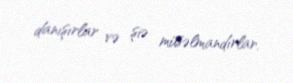
danışırlar və şiə müsəlmandırlar.